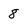
Character: 8